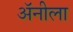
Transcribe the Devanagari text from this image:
अॅनीला